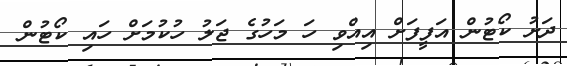
ދަށު ކޯޓުން އަފީފަށް އިއްވި ހަ މަހުގެ ޖަލު ހުކުމަށް ހައި ކޯޓުން